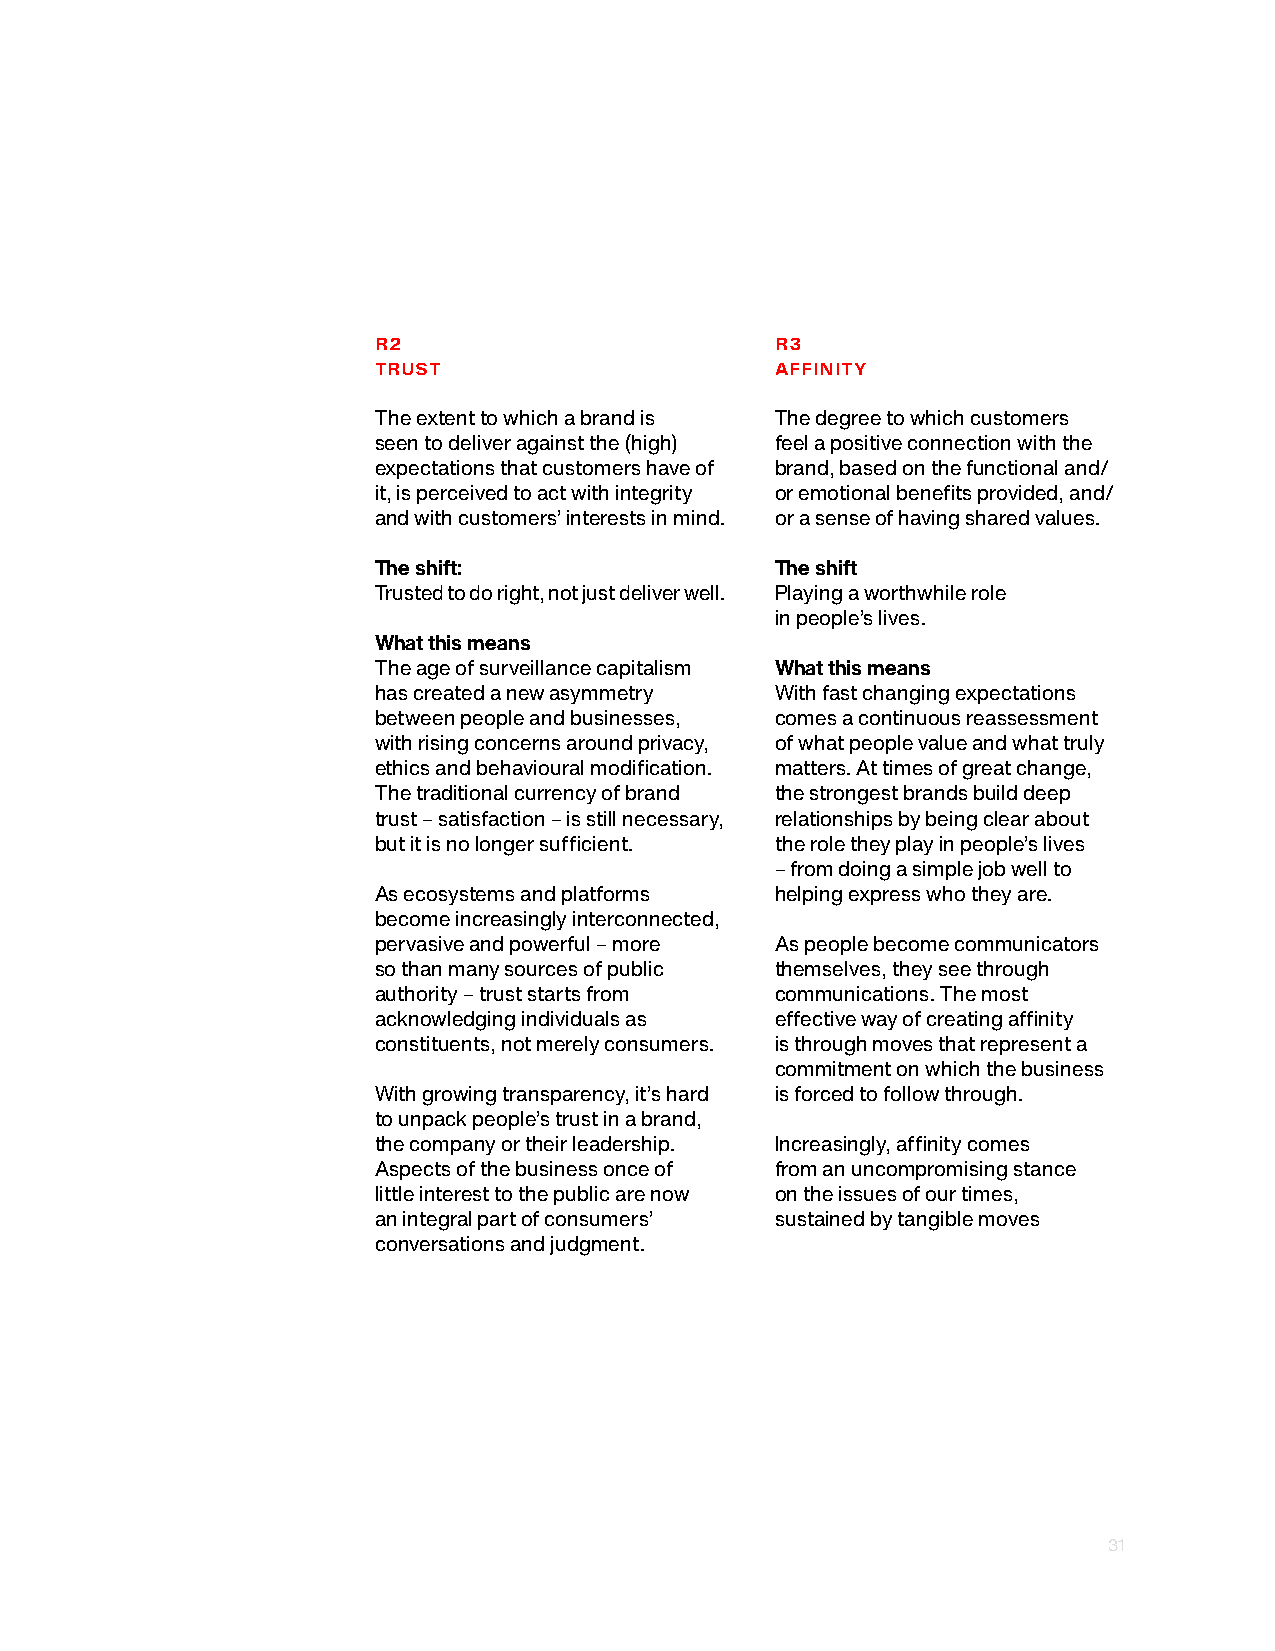
R2                        R3
 TRUST                     AFFINITY
 The extent to which a brand is The degree to which customers
 seen to deliver against the (high) feel a positive connection with the
 expectations that customers have of brand, based on the functional and/
 it, is perceived to act with integrity or emotional benefits provided, and/
 and with customers’ interests in mind. or a sense of having shared values.
 The shift:                The shift
 Trusted to do right, not just deliver well. Playing a worthwhile role
 in people’s lives.
 What this means
 The age of surveillance capitalism What this means
 has created a new asymmetry With fast changing expectations
 between people and businesses, comes a continuous reassessment
 with rising concerns around privacy, of what people value and what truly
 ethics and behavioural modification. matters. At times of great change,
 The traditional currency of brand the strongest brands build deep
 trust – satisfaction – is still necessary, relationships by being clear about
 but it is no longer sufficient. the role they play in people’s lives
 – from doing a simple job well to
 As ecosystems and platforms helping express who they are.
 become increasingly interconnected,
 pervasive and powerful – more As people become communicators
 so than many sources of public themselves, they see through
 authority – trust starts from communications. The most
 acknowledging individuals as effective way of creating affinity
 constituents, not merely consumers. is through moves that represent a
 commitment on which the business
 With growing transparency, it’s hard is forced to follow through.
 to unpack people’s trust in a brand,
 the company or their leadership. Increasingly, affinity comes
 Aspects of the business once of from an uncompromising stance
 little interest to the public are now on the issues of our times,
 an integral part of consumers’ sustained by tangible moves
 conversations and judgment.
 31